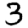
Digit: 3